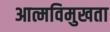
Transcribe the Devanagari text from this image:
आत्मविमुखता